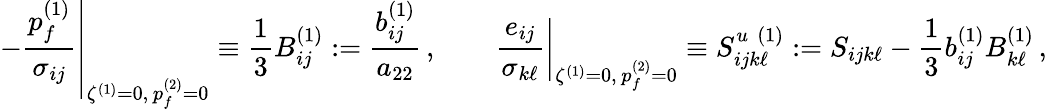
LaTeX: \left.-\frac{p_{f}^{(1)}}{\sigma_{ij}}\right|_{\zeta^{(1)}=0,\, p_{f}^{(2)}=0}\equiv\frac{1}{3}B_{ij}^{(1)}:=\frac{b_{ij}^{(1)}}{a_{22}}\, ,\qquad\left.\frac{e_{ij}}{\sigma_{k\ell}}\right|_{\zeta^{(1)}=0,\, p_{f}^{(2)}=0}\equiv S_{ijk\ell}^{u\, \, (1)}:=S_{ijk\ell}-\frac{1}{3}b_{ij}^{(1)}B_{k\ell}^{(1)}\, ,